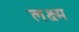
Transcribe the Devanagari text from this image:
लक्ष्म